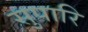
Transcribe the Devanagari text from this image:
सुपारि